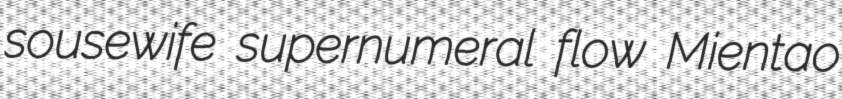
sousewife supernumeral flow Mientao